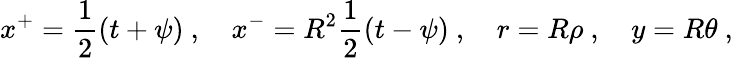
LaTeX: x^{+}=\frac 12(t+\psi)~,\quad x^{-}=R^{2}\frac 12(t-\psi)~,\quad r=R\rho~,\quad y=R\theta~,